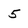
Character: 5